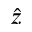
\hat { z }